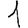
Digit: 1